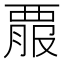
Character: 𧟵